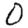
Digit: 0